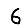
Digit: 6